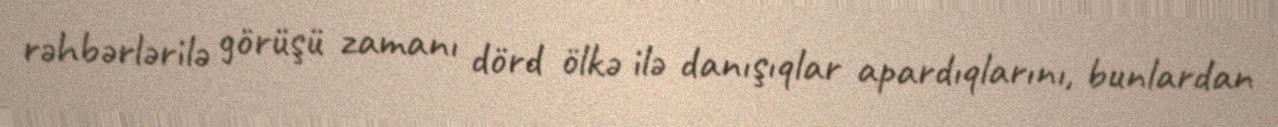
rəhbərlərilə görüşü zamanı dörd ölkə ilə danışıqlar apardıqlarını, bunlardan